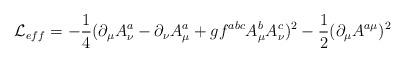
LaTeX: \begin{align*}{\cal L}_{eff}= -\frac{1}{4}(\partial_{\mu}A_{\nu}^{a}-\partial_{\nu}A_{\mu}^{a}+gf^{abc}A_{\mu}^{b}A_{\nu}^{c})^{2}-\frac{1}{2}(\partial_{\mu}A^{a\mu})^{2}\end{align*}